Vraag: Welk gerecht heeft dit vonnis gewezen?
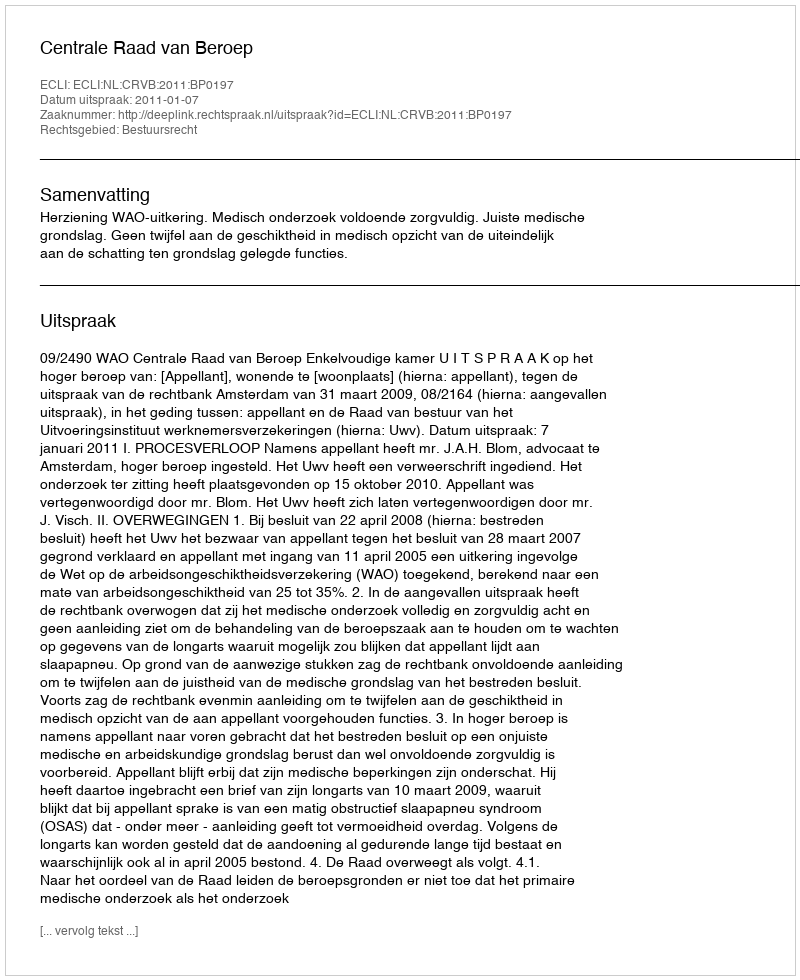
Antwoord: Centrale Raad van Beroep